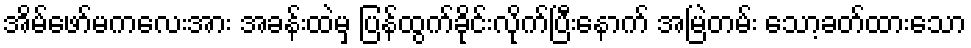
အိမ်ဖော်မကလေးအား အခန်းထဲမှ ပြန်ထွက်ခိုင်းလိုက်ပြီးနောက် အမြဲတမ်း သော့ခတ်ထားသော